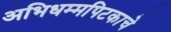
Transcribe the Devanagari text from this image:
अभिधम्मपिटकाचे